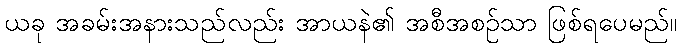
ယခု အခမ်းအနားသည်လည်း အာယနဲ၏ အစီအစဉ်သာ ဖြစ်ရပေမည်။